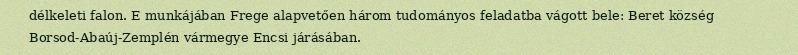
délkeleti falon. E munkájában Frege alapvetően három tudományos feladatba vágott bele: Beret község Borsod-Abaúj-Zemplén vármegye Encsi járásában.